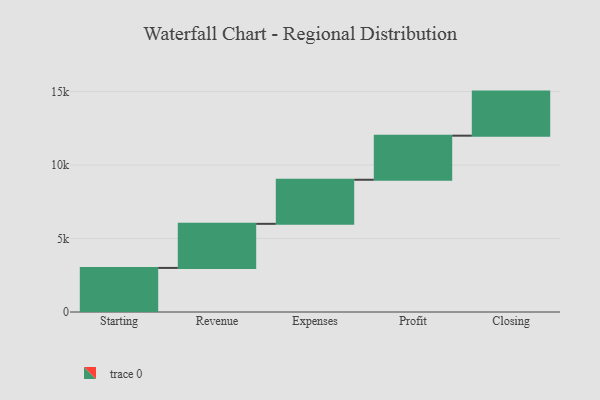
{"axis": {"x": "Step", "y": "Value"}, "legend": [""], "data": [{"x": "Starting", "y": 3000, "type": ""}, {"x": "Revenue", "y": 3000, "type": ""}, {"x": "Expenses", "y": 3000, "type": ""}, {"x": "Profit", "y": 3000, "type": ""}, {"x": "Closing", "y": 3000, "type": ""}]}